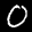
Label: 0